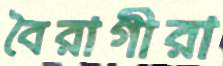
বৈরাগীরা